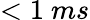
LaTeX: <1~ms